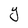
Character: Y